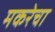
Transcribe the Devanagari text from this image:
मकरेचा